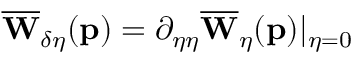
\overline { { \mathbf { W } } } _ { \delta \eta } ( \mathbf { p } ) = \partial _ { \eta \eta } \overline { { \mathbf { W } } } _ { \eta } ( \mathbf { p } ) \vert _ { \eta = 0 }